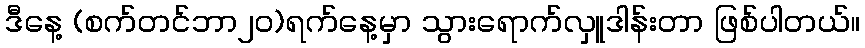
ဒီနေ့ (စက်တင်ဘာ၂၀)ရက်နေ့မှာ သွားရောက်လှူဒါန်းတာ ဖြစ်ပါတယ်။